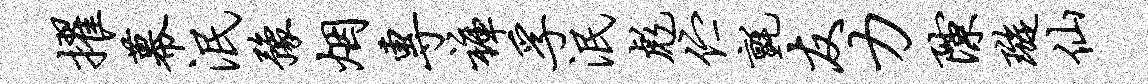
擢幕泯豫烟专裤孚泯彪伫毡友力隙璇仙